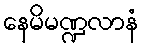
နေမိမဏ္ဍလာနံ